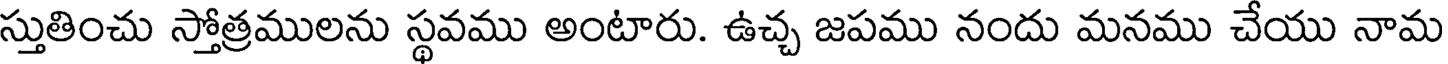
స్తుతించు స్తోత్రములను స్థవము అంటారు. ఉచ్చ జపము నందు మనము చేయు నామ